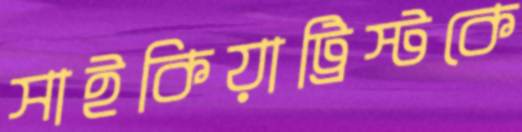
সাইকিয়াট্রিস্টকে